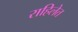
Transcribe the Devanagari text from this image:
राहिलेत